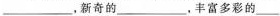
___，新奇的___，丰富多彩的